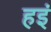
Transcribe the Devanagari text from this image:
हइं